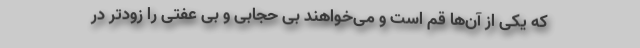
که یکی از آن‌ها قم است و می‌خواهند بی حجابی و بی عفتی را زودتر در